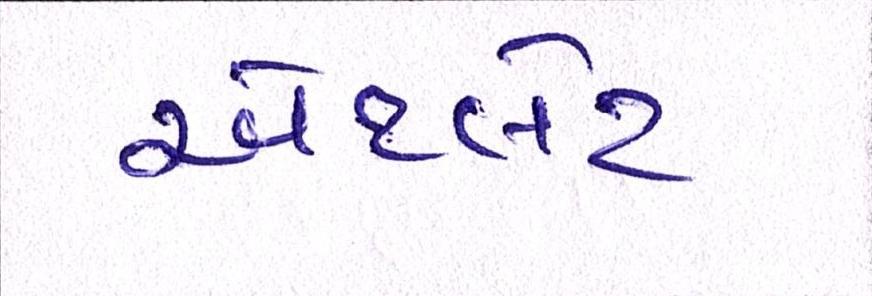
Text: એથ્લેટ